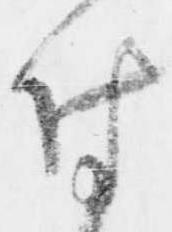
付